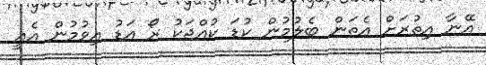
އޭނާ އިތުރަށް އެތަން ބެލުމުން ކުޑަ ކުއްޖަކު ރޯ އަޑު އިވުމުން އެއީ